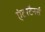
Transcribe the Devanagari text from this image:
एंटरटैनर्स